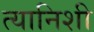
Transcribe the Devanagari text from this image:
त्यानिशी